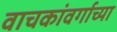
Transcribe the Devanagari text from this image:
वाचकांवर्गाच्या